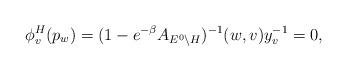
LaTeX: \begin{align*}\phi^H_v(p_w)=(1-e^{-\beta}A_{E^0\backslash H})^{-1}(w,v)y_v^{-1}=0, \end{align*}